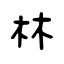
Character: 林